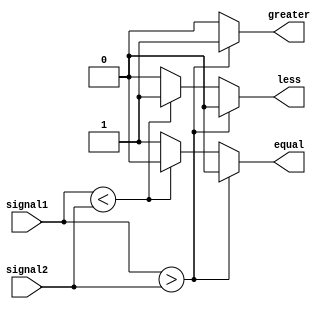
module Comparator (
    input [7:0] signal1,
    input [7:0] signal2,
    output reg greater,
    output reg less,
    output reg equal
);

always @* begin
    if (signal1 > signal2) begin
        greater = 1;
        less = 0;
        equal = 0;
    end
    else if (signal1 < signal2) begin
        greater = 0;
        less = 1;
        equal = 0;
    end
    else begin
        greater = 0;
        less = 0;
        equal = 1;
    end
end

endmodule